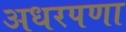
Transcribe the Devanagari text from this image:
अधरपणा